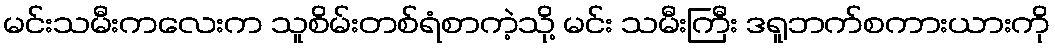
မင်းသမီးကလေးက သူစိမ်းတစ်ရံစာကဲ့သို့ မင်း သမီးကြီး ဒရူဘက်စကားယားကို